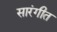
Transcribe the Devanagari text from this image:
सारंगीत